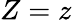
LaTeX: Z=z